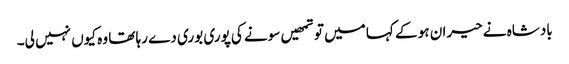
بادشاہ نے حیران ہو کے کہا میں تو تمھیں سونے کی پوری بوری دے رہا تھا وہ کیوں نہیں لی۔